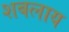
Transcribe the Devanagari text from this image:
शबलाय